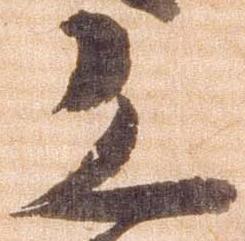
恐